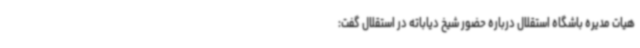
هیات مدیره باشگاه استقلال درباره حضور شیخ دیاباته در استقلال گفت:‌